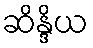
ဆိန္ဒိယ